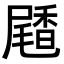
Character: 𪨝